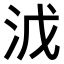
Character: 𣳡